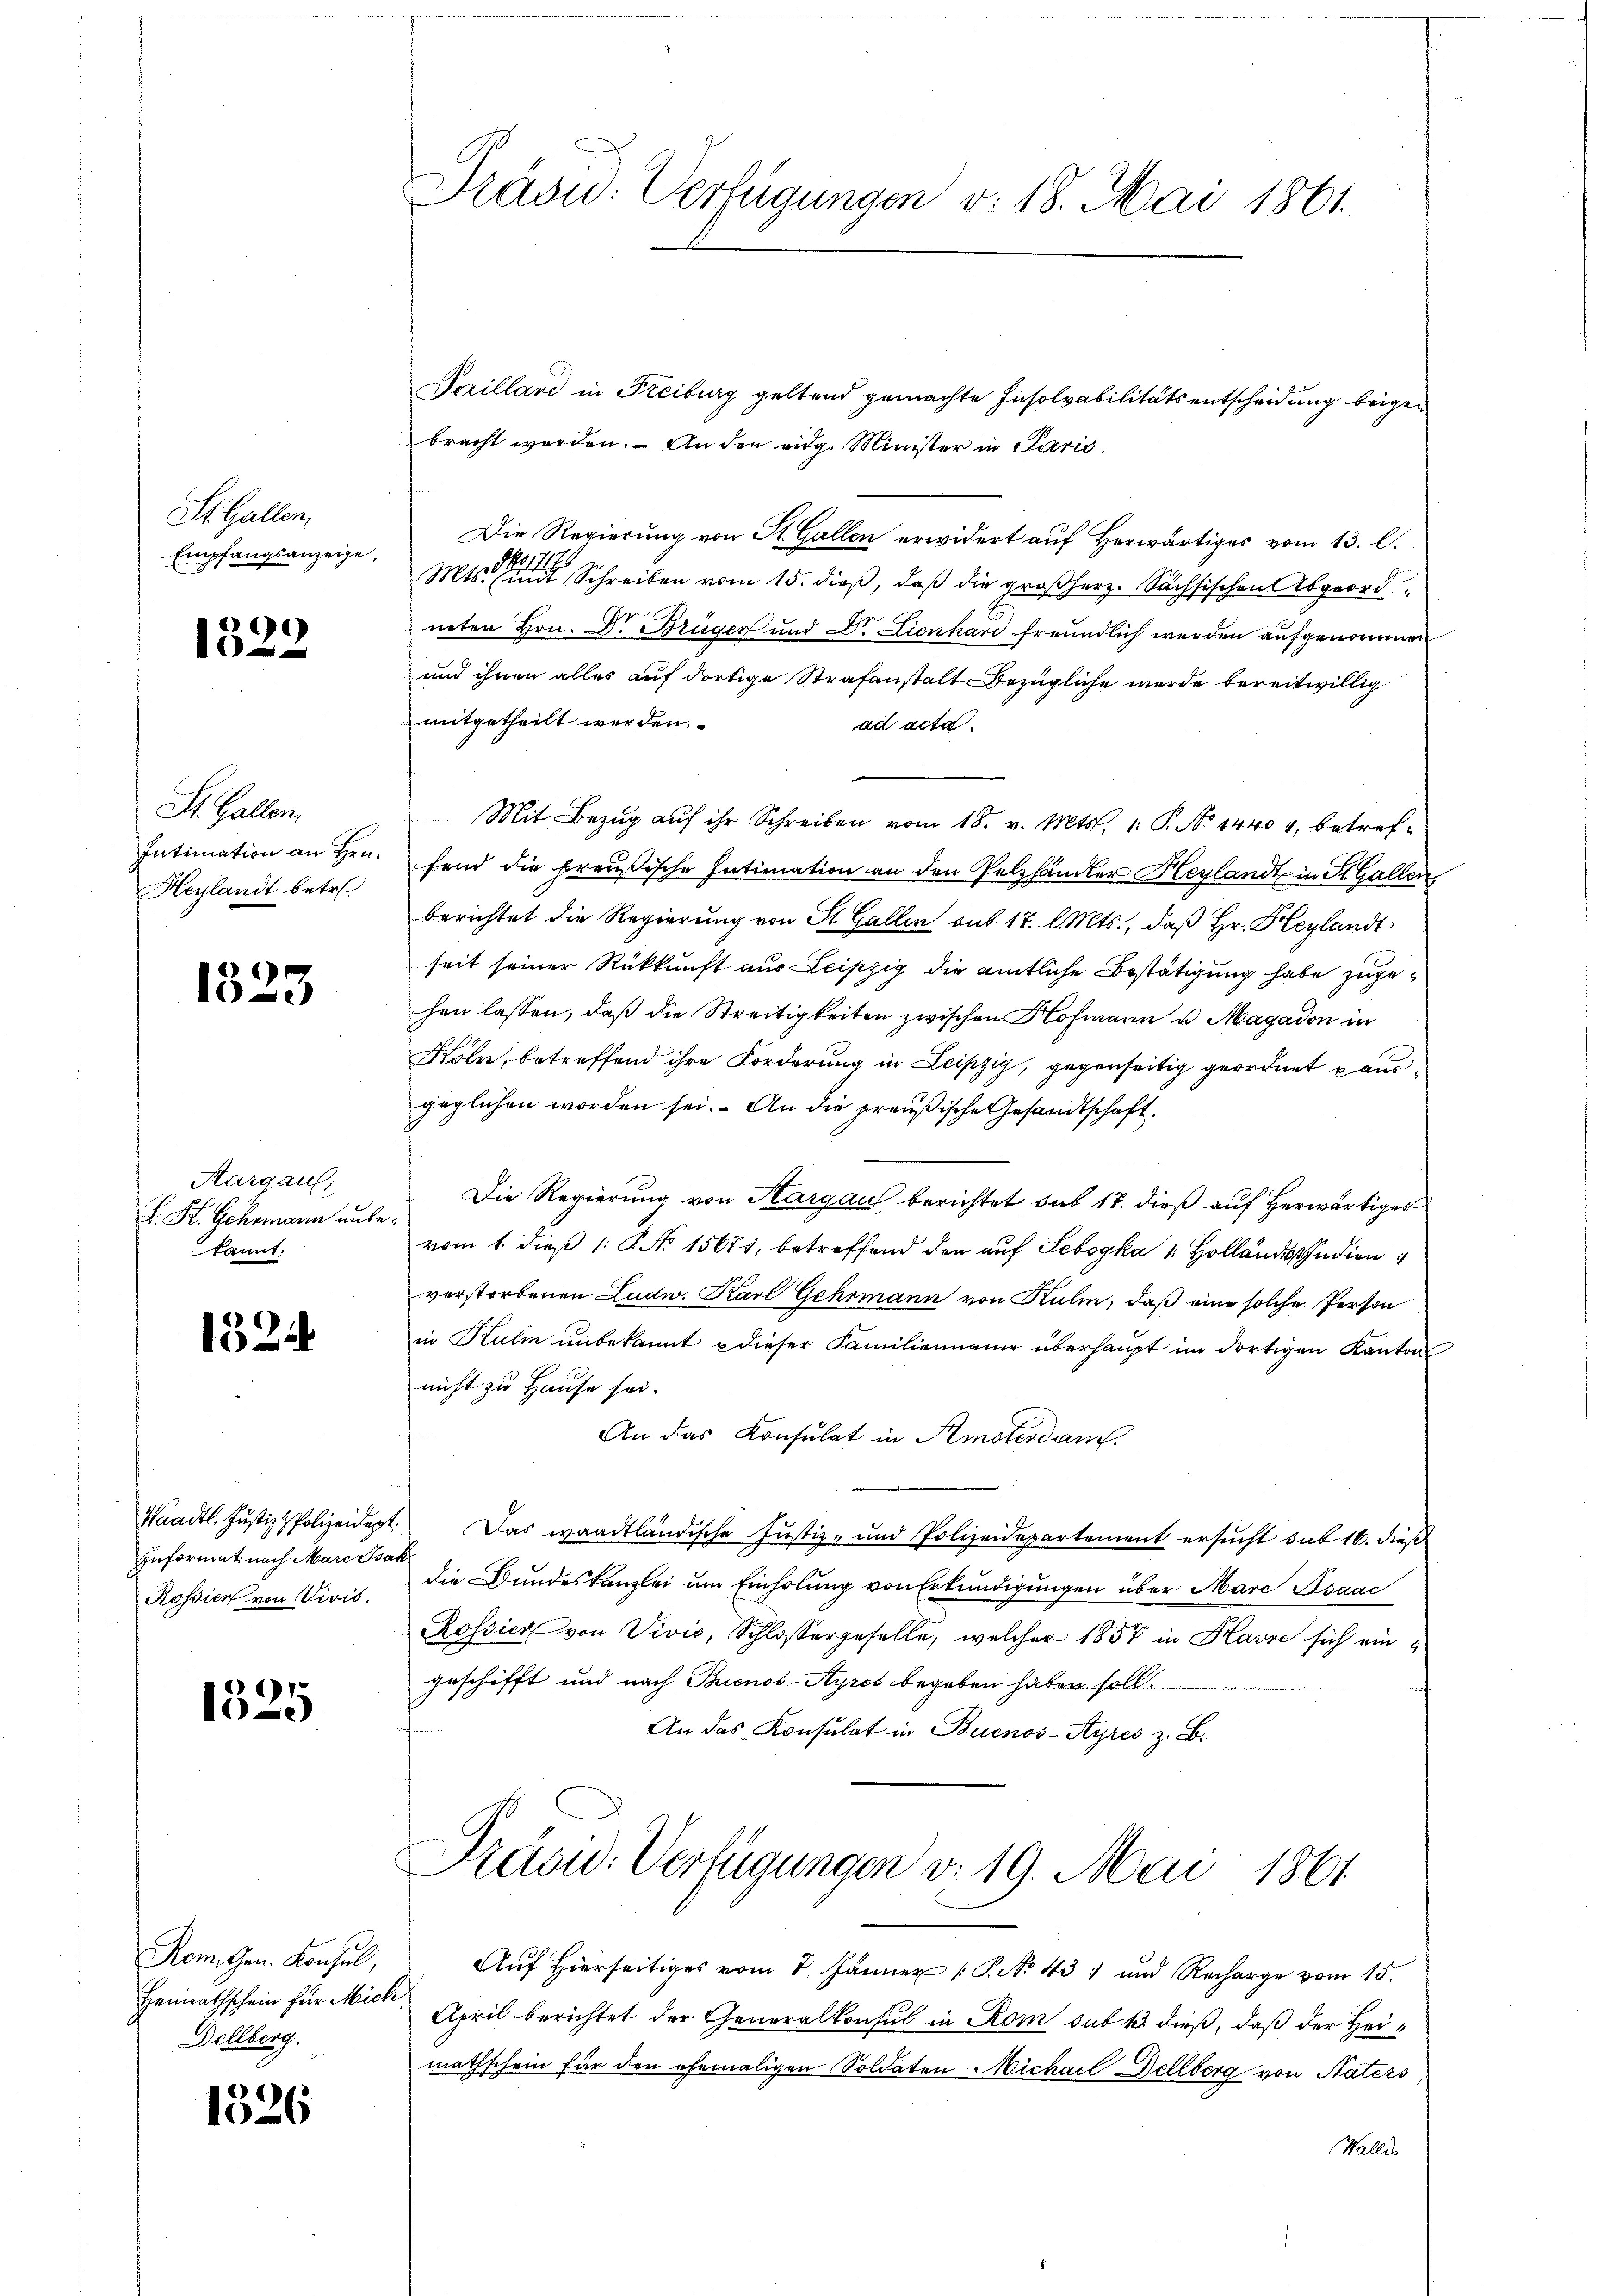
St. Gallen,
Empfangsanzeige,

1322

St. Gallen.
Heylandt betre

1323

Aargau,
L. St. Gehemann unbekannt:

152

Informat nach Marc Isak

1325

Rom. Gen. Konsul,
Heimathschein für Mich
Dellberg.

1326

Präsu: Verfügungen v. 18. Mai 1861.

Pailland in Freiburg geltend gemachte Insolvabilitätsentscheidung beigen
bracht werden. An den eidg. Minister in Paris
Die Regierung von St. Gallen erwidert auf Herwärtiges vom 13. l.
11
Mts. und Schreiben vom 15. dieß, daß die großherz. Sächsischen Abgeordneten Hrn. Dr Brüger und Dr. Lienhard freundlich werden aufgenommen
und ihnen alles auf dortige Strafanstalt Bezügliche werde bereitwillig
mitgetheilt werden.
ad acta.
Mit Bezŭg aŭf ihr Schreiben vom 18. v. Mts. 1. P. No 14404, betref¬
Intimation an Hrn. fand die preußische Intimation an den Pelzhändler Heylandt in St. Gallen
berichtet die Regierung von St. Gallen aus 17. l. Mts., daß Hr. Heylandt
seit seiner Rückkunft aus Leipzig die amtliche Bestätigung habe zugehen lassen, daß die Streitigkeiten zwischen Hofmann u. Magadon in
Köln, betreffend ihre Forderung in Leipzig, gegenseitig geordnet ausgeglichen worden sei. An die preußische Gesandtschaft
Die Regierung von Hargau berichtet sub 17. dieß auf herwärtiges
vom 1. dieß (: P. No 15671, betreffend den auf Leboyka  Hollandes Indien
verstorbenen Ludw. Karl Gehrmann von Kulm, daß eine solche Person
in Kulm unbekannt u dieser Familienaue überhaupt im dortigen Kanton
nicht zu Hause sei.
An das Konsulat in Amsterdam.
Waadt. Justiz & Polizeidigt. Das waadtländische Justiz- und Polizeidepartement ersucht sub 16. dieß
Rossien von Diris, die Bundeskanzlei um Einholung von Erkundigungen über Marc Bsaac
Rossier von Vivis, Schlossergeselle, welcher 1857 in Havre sich ein
geschifft und nach Buenos-Ayres begeben haben
An das Konsulat in Buenos-Ayres z. B.

Præou. Verfügungen v. 19. Mai 1861

Aŭf Hierseitiges vom 7. Jänner P. No. 43) und Recharge vom 15.
April berichtet der Generalkonsul in Rom sub 13. dieß, daß der Heimathschein für den ehemaligen Soldaten Michael Hellberg von Naters
Wallis